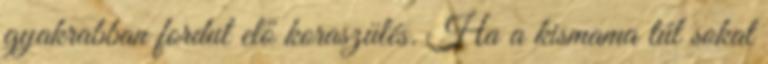
gyakrabban fordul elő koraszülés. Ha a kismama túl sokat